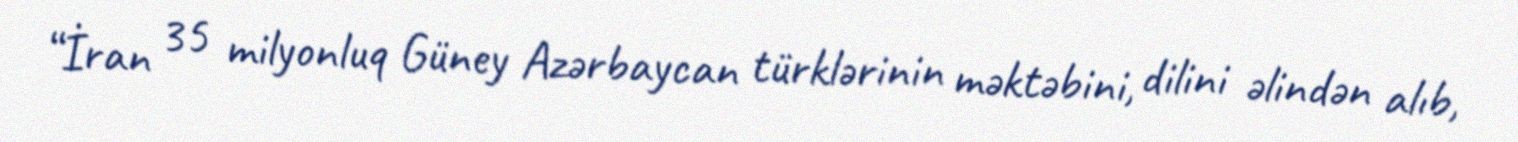
“İran 35 milyonluq Güney Azərbaycan türklərinin məktəbini, dilini əlindən alıb,